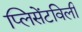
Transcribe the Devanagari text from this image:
प्लिसेंटविली